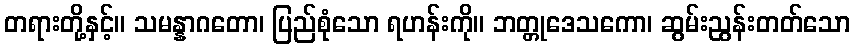
တရားတို့နှင့်။ သမန္နာဂတော၊ ပြည်စုံသော ရဟန်းကို။ ဘတ္တုဒေသကော၊ ဆွမ်းညွန်းတတ်သော